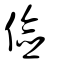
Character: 儉